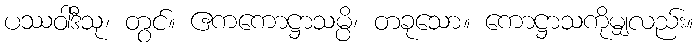
ပဿဝါဒီသု၊ တွင်။ ဧကကောဋ္ဌာသမ္ပိ၊ တခုသော။ ကောဋ္ဌာသကိုမျှလည်း။